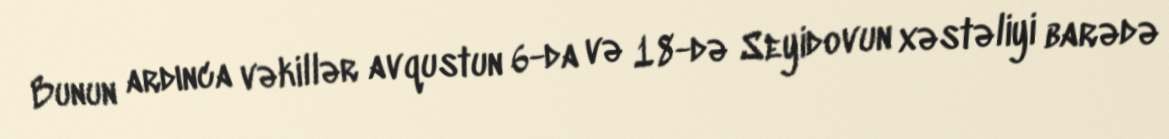
Bunun ardınca vəkillər avqustun 6-da və 18-də Seyidovun xəstəliyi barədə